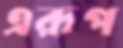
এরূপ